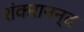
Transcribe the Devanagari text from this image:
शंकरानन्द